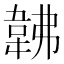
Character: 𩎛